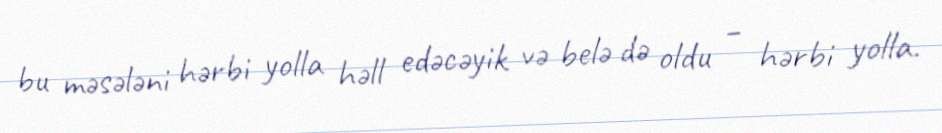
bu məsələni hərbi yolla həll edəcəyik və belə də oldu – hərbi yolla.